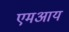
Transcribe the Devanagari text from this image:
एमआय